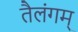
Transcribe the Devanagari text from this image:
तैलंगम्